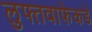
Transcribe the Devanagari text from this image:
लुफ्तवाफेकडे